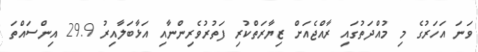
ވަނަ އަހަރުގެ މި މުއްދަތުގައި ރާއްޖެއަށް ޒިޔާރަތްކުރި ފަތުރުވެރިންނާއި އަޅާބަލާއިރު 29.9 އިންސައްތަ